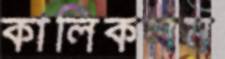
কালিকলম